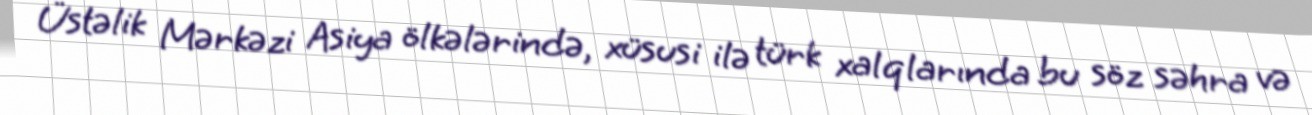
Üstəlik Mərkəzi Asiya ölkələrində, xüsusi ilə türk xalqlarında bu söz səhra və